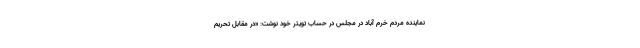
نماینده مردم خرم آباد در مجلس در حساب تویتر خود نوشت: «در مقابل تحریم